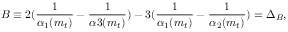
B \equiv 2 ( \frac { 1 } { \alpha _ { 1 } ( m _ { t } ) } - \frac { 1 } { \alpha { 3 } ( m _ { t } ) } ) - 3 ( \frac { 1 } { \alpha _ { 1 } ( m _ { t } ) } - \frac { 1 } { \alpha _ { 2 } ( m _ { t } ) } ) = \Delta _ { B } ,